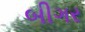
બીગર